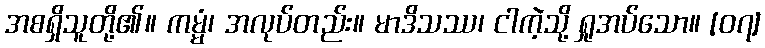
အစရှိသူတို့၏။ ကမ္မံ၊ အလုပ်တည်း။ မာဒိသဿ၊ ငါကဲ့သို့ ရှုအပ်သော။ [၀၇]